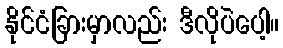
နိုင်ငံခြားမှာလည်း ဒီလိုပဲပေါ့။